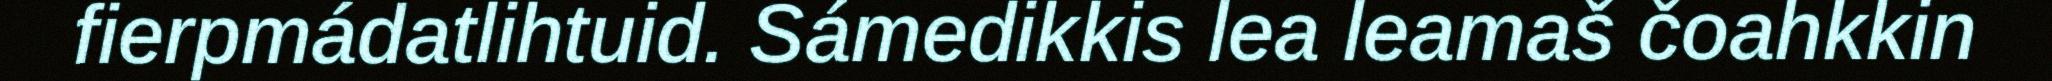
fierpmádatlihtuid. Sámedikkis lea leamaš čoahkkin